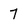
Character: 7